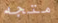
متجه